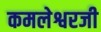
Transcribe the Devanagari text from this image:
कमलेश्वरजी